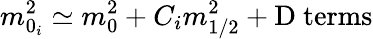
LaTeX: m_{0_{i}}^{2}\simeq m_{0}^{2}+C_{i}m_{1/2}^{2}+\mathrm{D~terms}